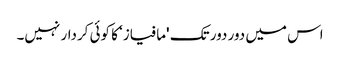
اس میں دور دور تک 'مافیاز‘ کا کوئی کردار نہیں۔